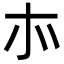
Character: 㝳